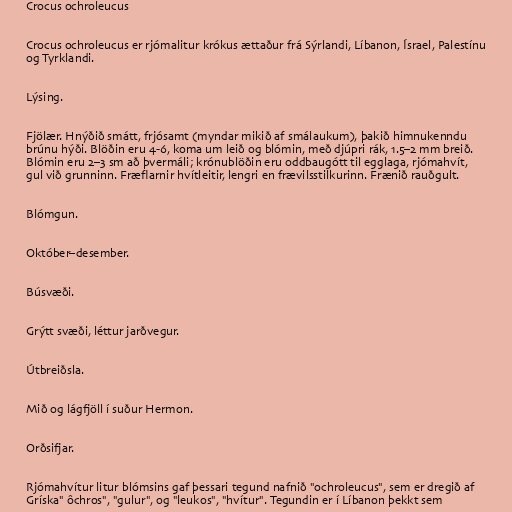
Crocus ochroleucus

Crocus ochroleucus er rjómalitur krókus ættaður frá Sýrlandi, Líbanon, Ísrael, Palestínu
og Tyrklandi.

Lýsing.

Fjölær. Hnýðið smátt, frjósamt (myndar mikið af smálaukum), þakið himnukenndu
brúnu hýði. Blöðin eru 4-6, koma um leið og blómin, með djúpri rák, 1.5–2 mm breið.
Blómin eru 2–3 sm að þvermáli; krónublöðin eru oddbaugótt til egglaga, rjómahvít,
gul við grunninn. Fræflarnir hvítleitir, lengri en frævilsstilkurinn. Frænið rauðgult.

Blómgun.

Október–desember.

Búsvæði.

Grýtt svæði, léttur jarðvegur.

Útbreiðsla.

Mið og lágfjöll í suður Hermon.

Orðsifjar.

Rjómahvítur litur blómsins gaf þessari tegund nafnið "ochroleucus", sem er dregið af
Gríska" ôchros", "gulur", og "leukos", "hvítur". Tegundin er í Líbanon þekkt sem